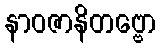
နာဝဇာနိတဗ္ဗော